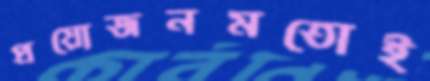
প্রয়োজনমতোই